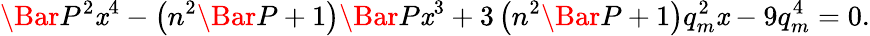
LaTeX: \Bar{P}^{2}\mathit{x}^{4}-\left(n^{2}\Bar{P}+1\right)\Bar{P}\mathit{x}^{3}+3\left(n^{2}\Bar{P}+1\right)q_{m}^{2}\mathit{x}-9q_{m}^{4}=0.